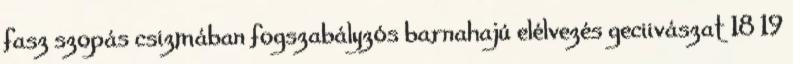
fasz szopás csizmában fogszabályzós barnahajú elélvezés geciivászat 18 19